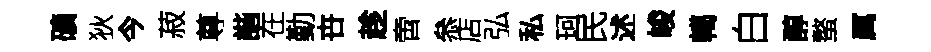
礦狄今菽尊諧在勤卋趁啻叅店弘私珂民述峻轕白醇螯厲